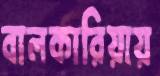
বালকারিয়ায়